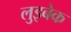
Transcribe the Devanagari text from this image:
लुइबेक